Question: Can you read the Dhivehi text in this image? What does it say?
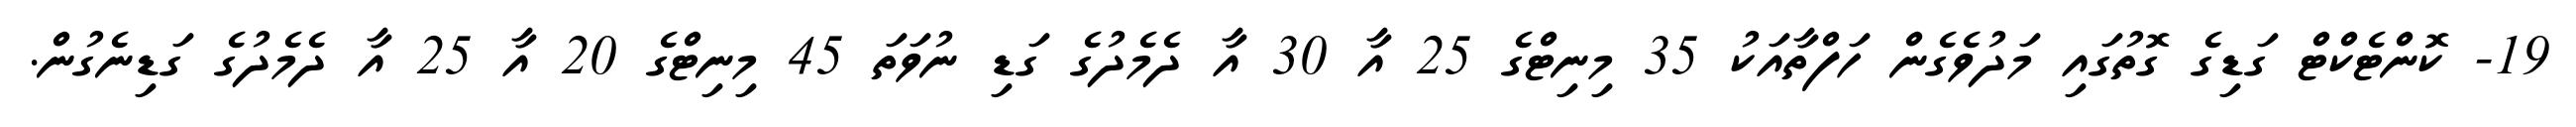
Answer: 19- ކޮންޓެކްޓް ގަޑިގެ ގޮތުގައި މަދުވެގެން ހަފްތާއަކު 35 މިނިޓްގެ 25 އާ 30 އާ ދެމެދުގެ ގަޑި ނުވަތަ 45 މިނިޓްގެ 20 އާ 25 އާ ދެމެދުގެ ގަޑިނެގުން.